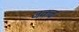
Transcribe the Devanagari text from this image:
जकब